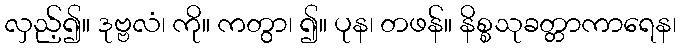
လှည့်၍။ ဒုဗ္ဗလံ၊ ကို။ ကတွာ၊ ၍။ ပုန၊ တဖန်။ နိစ္စသုခတ္တာကာရေန၊